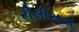
રીલીસના